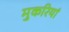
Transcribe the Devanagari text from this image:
मुकरियां